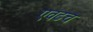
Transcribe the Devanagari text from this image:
एवढच